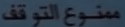
منوعوالتوقف